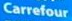
Carrefour